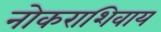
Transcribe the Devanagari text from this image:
नोकराशिवाय